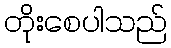
တိုးစေပါသည်